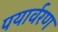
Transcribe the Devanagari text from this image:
पयार्वरण